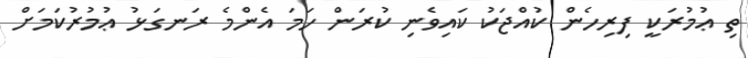
ތި ޢުމުރަކީ ފިރިހެން ކުއްޖަކު ކައިވެނި ކުރަން ހަމަ އެންމެ ރަނގަޅު ޢުމުރުކަމަށް